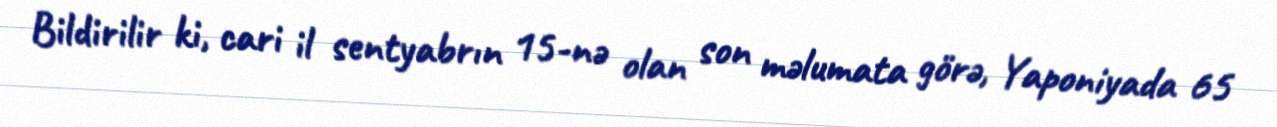
Bildirilir ki, cari il sentyabrın 15-nə olan son məlumata görə, Yaponiyada 65